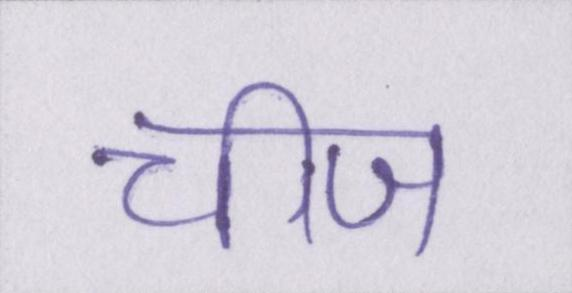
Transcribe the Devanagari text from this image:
चीज